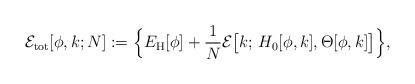
LaTeX: \begin{align*}\mathcal{E}_\mathrm{tot}[\phi, k; N]:=\Big\{E_\mathrm{H}[\phi]+\frac{1}{N}\mathcal{E}\big[k;\, H_0[\phi,k], \Theta[\phi,k]\big]\Big\},\end{align*}